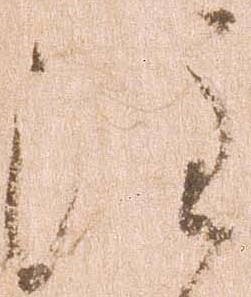
注